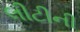
લીટીની